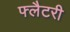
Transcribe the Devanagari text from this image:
फ्लैटरी